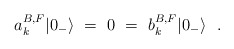
\begin{align*}a^{B,F}_k |0_-\rangle~=~0~=~b^{B,F}_k |0_- \rangle~~.\end{align*}